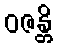
ဝဇန္တိ